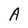
Character: A